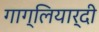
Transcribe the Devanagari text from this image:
गाग्लियार्दी